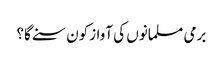
برمی مسلمانوں کی آوازکون سنے گا؟